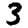
Digit: 3